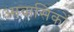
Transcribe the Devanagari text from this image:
आवासिकों